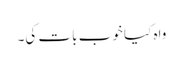
واہ کیا خوب بات کی۔